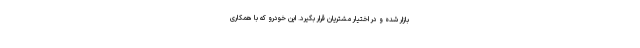
بازار شده و در اختیار مشتریان قرار بگیرد. این خودرو که با همکاری